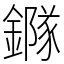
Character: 䥙